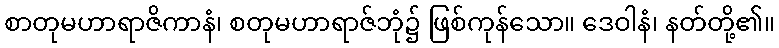
စာတုမဟာရာဇိကာနံ၊ စတုမဟာရာဇ်ဘုံ၌ ဖြစ်ကုန်သော။ ဒေဝါနံ၊ နတ်တို့၏။